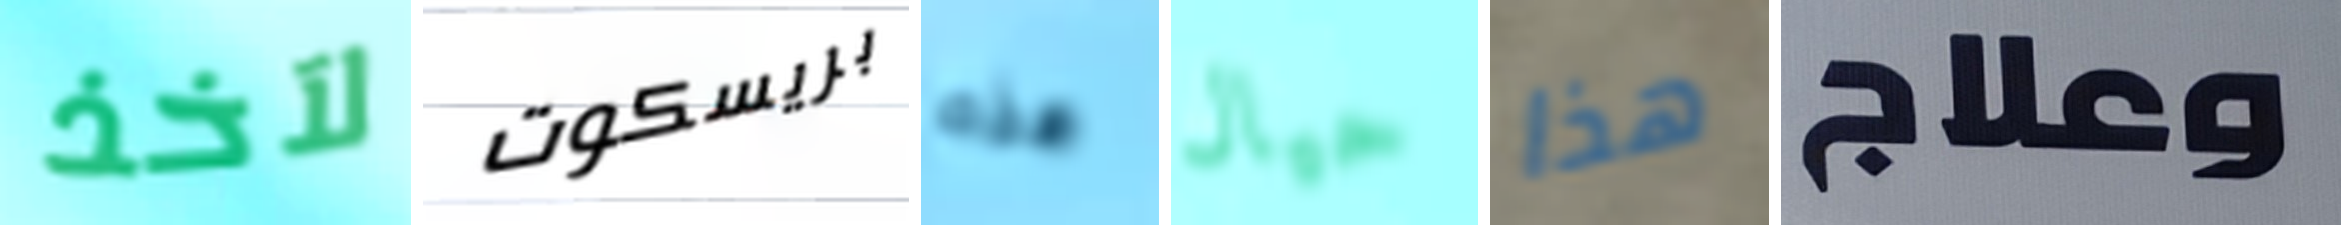
لآخذ بريسكوت هذه حيال هذا وعلاج